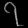
Digit: ၇